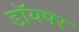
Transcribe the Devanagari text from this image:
डॉयपर